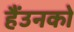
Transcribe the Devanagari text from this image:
हैंउनको